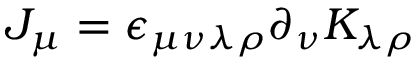
J _ { \mu } = \epsilon _ { \mu \nu \lambda \rho } \partial _ { \nu } K _ { \lambda \rho }